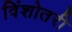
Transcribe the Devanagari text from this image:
विंशोतरी